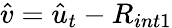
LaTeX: \hat{v}=\hat{u}_{t}-R_{int1}